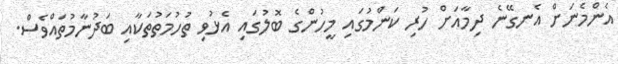
އެންމެނަށް އެނގޭނެ ދިމާއަށް ހުރި ކަންމުގައި މީހުންގެ ބޮލުގައި އެޅުވި ތުހުމަތުތަކާއި ބަދުނާމުތައްވެސް.